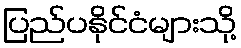
ပြည်ပနိုင်ငံများသို့